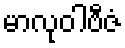
မာလုဝါဗီဇံ